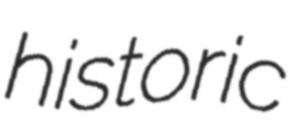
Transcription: historic